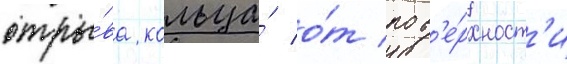
отры́ва кольца́ о́т пов'е́рхност'и